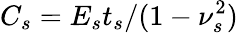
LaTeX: C_{s}=E_{s}t_{s}/(1-\nu_{s}^{2})